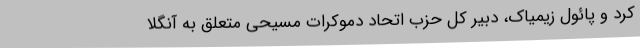
کرد و پائول زیمیاک، دبیر کل حزب اتحاد دموکرات مسیحی متعلق به آنگلا